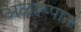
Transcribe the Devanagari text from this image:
अळह्प्पान